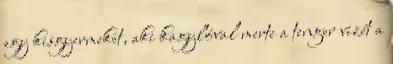
egy kisgyermeket, aki kagylóval merte a tenger vizét a